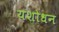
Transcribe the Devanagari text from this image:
यशोधन